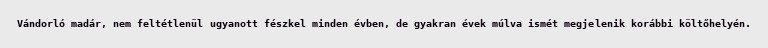
Vándorló madár, nem feltétlenül ugyanott fészkel minden évben, de gyakran évek múlva ismét megjelenik korábbi költőhelyén.